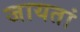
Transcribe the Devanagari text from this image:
जायतां